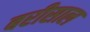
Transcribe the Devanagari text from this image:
बरीसाल